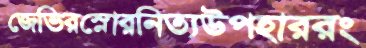
জেভিরস্নোরনিত্যউপহাররং